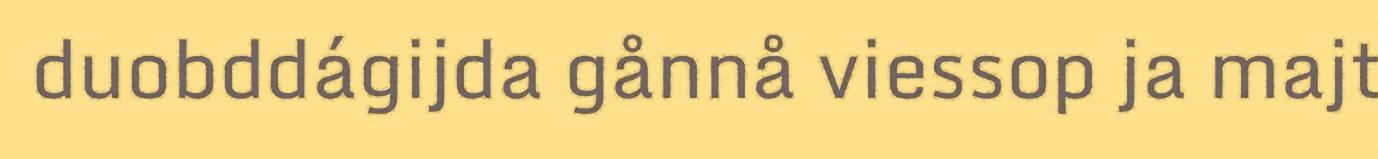
duobddágijda gånnå viessop ja majt